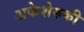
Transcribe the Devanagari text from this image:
अकेशेरुकी